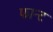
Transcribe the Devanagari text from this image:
फान्ट